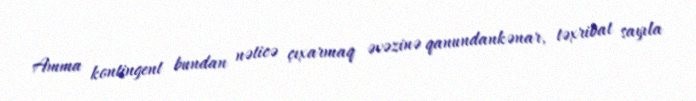
Amma kontingent bundan nəticə çıxarmaq əvəzinə qanundankənar, təxribat sayıla